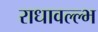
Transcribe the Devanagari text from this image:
राधावल्ल्भ